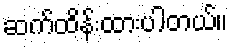
ဆက်ထိန်းထားပါတယ်။